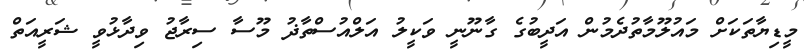
މީޑިޔާތަކަށް މައުލޫމާތުދެމުން އަދީބުގެ ގާނޫނީ ވަކީލު އަލްއުސްތާޛު މޫސާ ސިރާޖު ވިދާޅުވީ ޝަރީއަތް